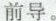
前导。